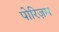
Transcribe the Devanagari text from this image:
पोरिज़म